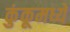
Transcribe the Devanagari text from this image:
कुंकूमध्ये